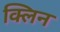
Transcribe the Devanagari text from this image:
क्‍लिन